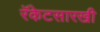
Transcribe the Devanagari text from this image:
रॅकेटसारखी